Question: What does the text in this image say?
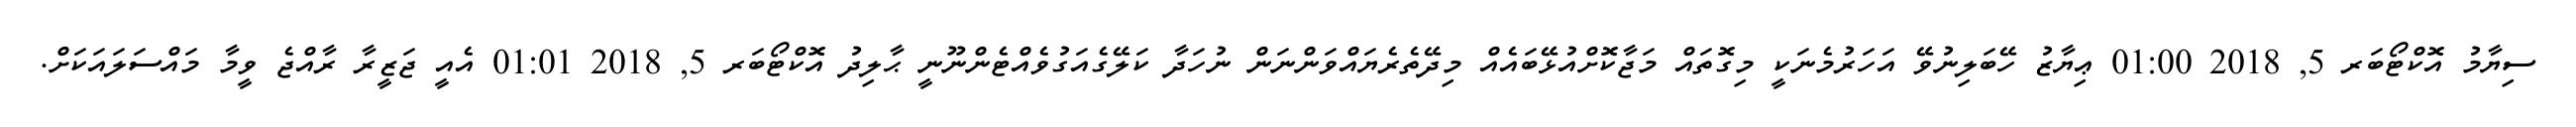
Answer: ސިޔާމު އޮކްޓޯބަރ 5, 2018 01:00 ޢިޔާޒު ހޭބަލިނުވޭ އަހަރުމެނަކީ މިގޮތައް މަޖާކޮށްއުޅޭބައެއް މިދޭތެރެޔައްވަންނަން ނުހަދާ ކަލޭގެއަގުވެއްޓެންނޫނީ ޙާލިދު އޮކްޓޯބަރ 5, 2018 01:01 އެއީ ޖަޒީރާ ރާއްޖެ ވީމާ މައްސަލައަކަށް.